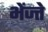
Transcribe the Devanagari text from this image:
भेंज्ते